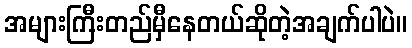
အများကြီးတည်မှီနေတယ်ဆိုတဲ့အချက်ပါပဲ။